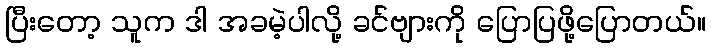
ပြီးတော့ သူက ဒါ အခမဲ့ပါလို့ ခင်ဗျားကို ပြောပြဖို့ပြောတယ်။